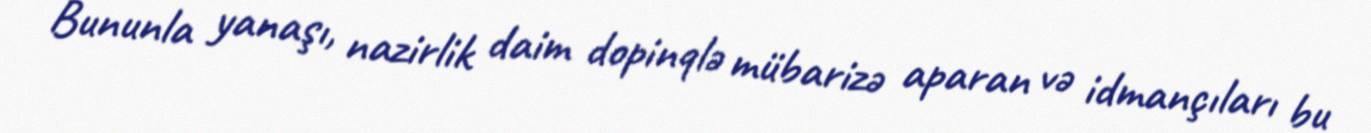
Bununla yanaşı, nazirlik daim dopinqlə mübarizə aparan və idmançıları bu